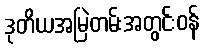
ဒုတိယအမြဲတမ်းအတွင်းဝန်